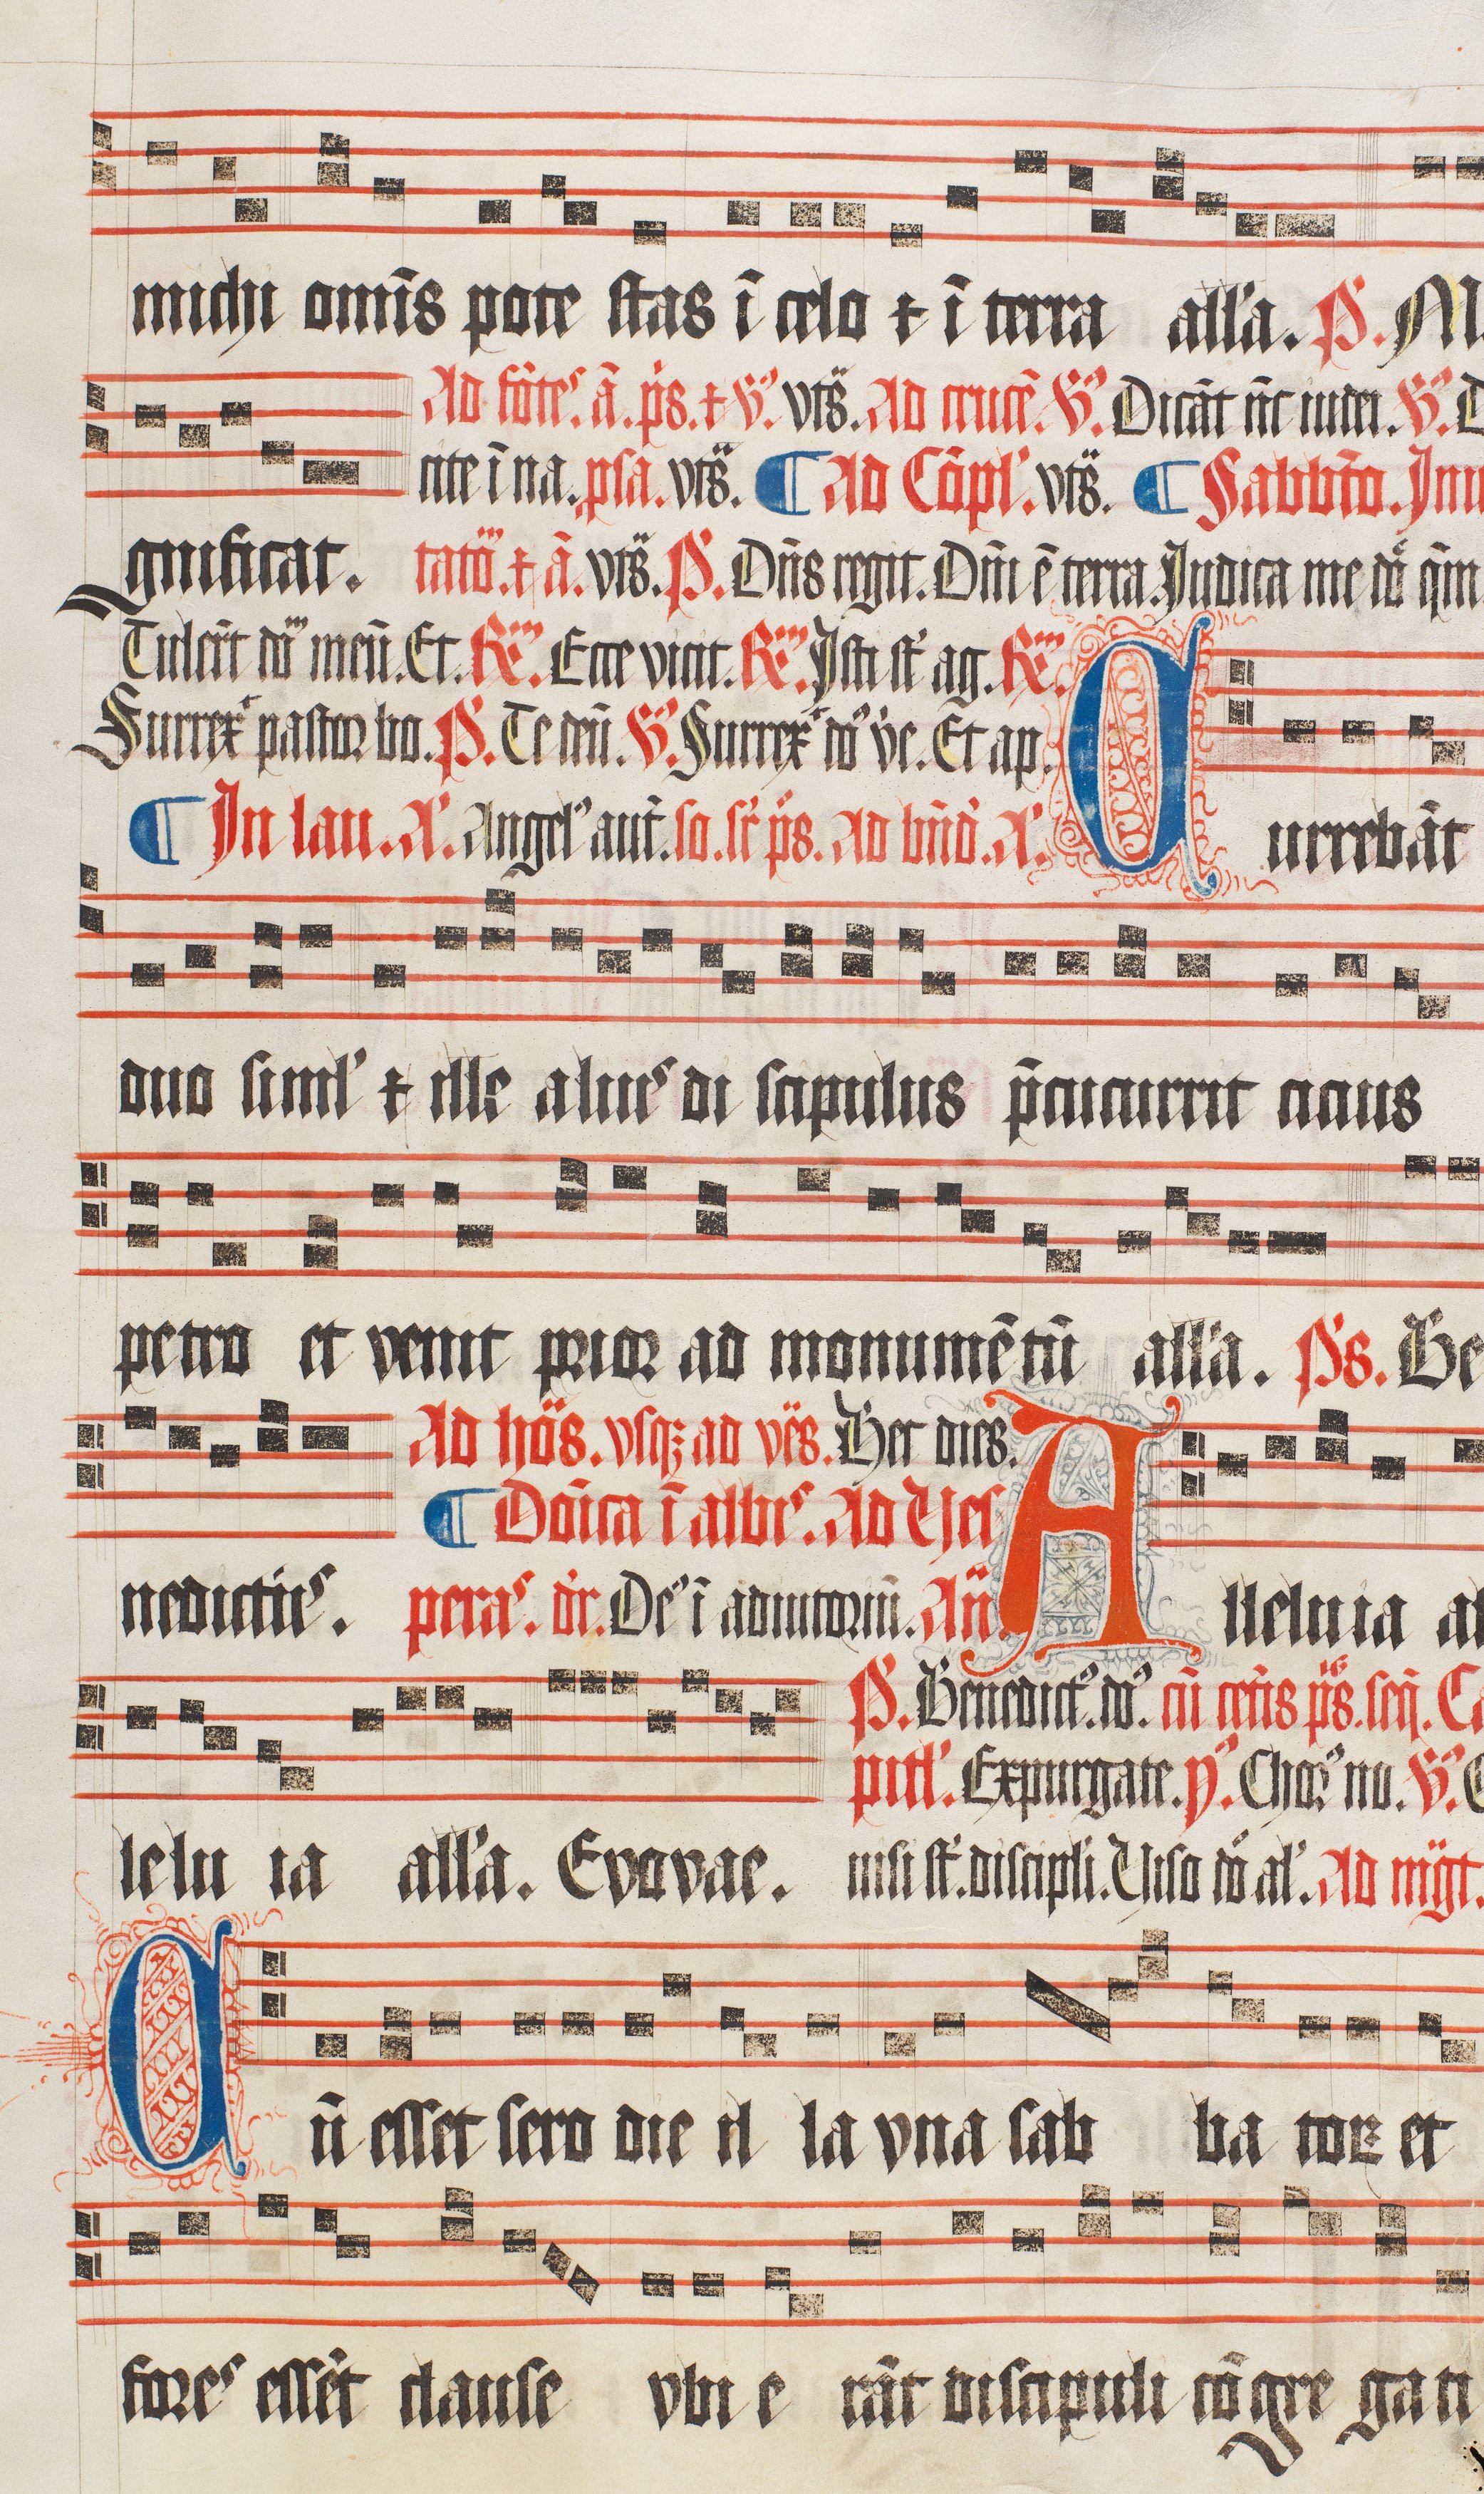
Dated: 1509–1517